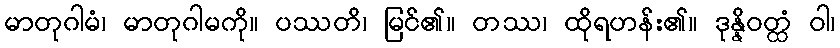
မာတုဂါမံ၊ မာတုဂါမကို။ ပဿတိ၊ မြင်၏။ တဿ၊ ထိုရဟန်း၏။ ဒုန္နိဝတ္ထံ ဝါ၊